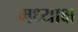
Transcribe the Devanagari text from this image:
मध्याक्ष